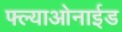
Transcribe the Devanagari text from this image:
फ्ल्याओनाईड